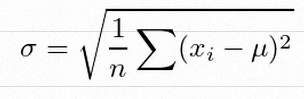
\sigma=\sqrt{\frac1n\sum(x_i-\mu)^2}